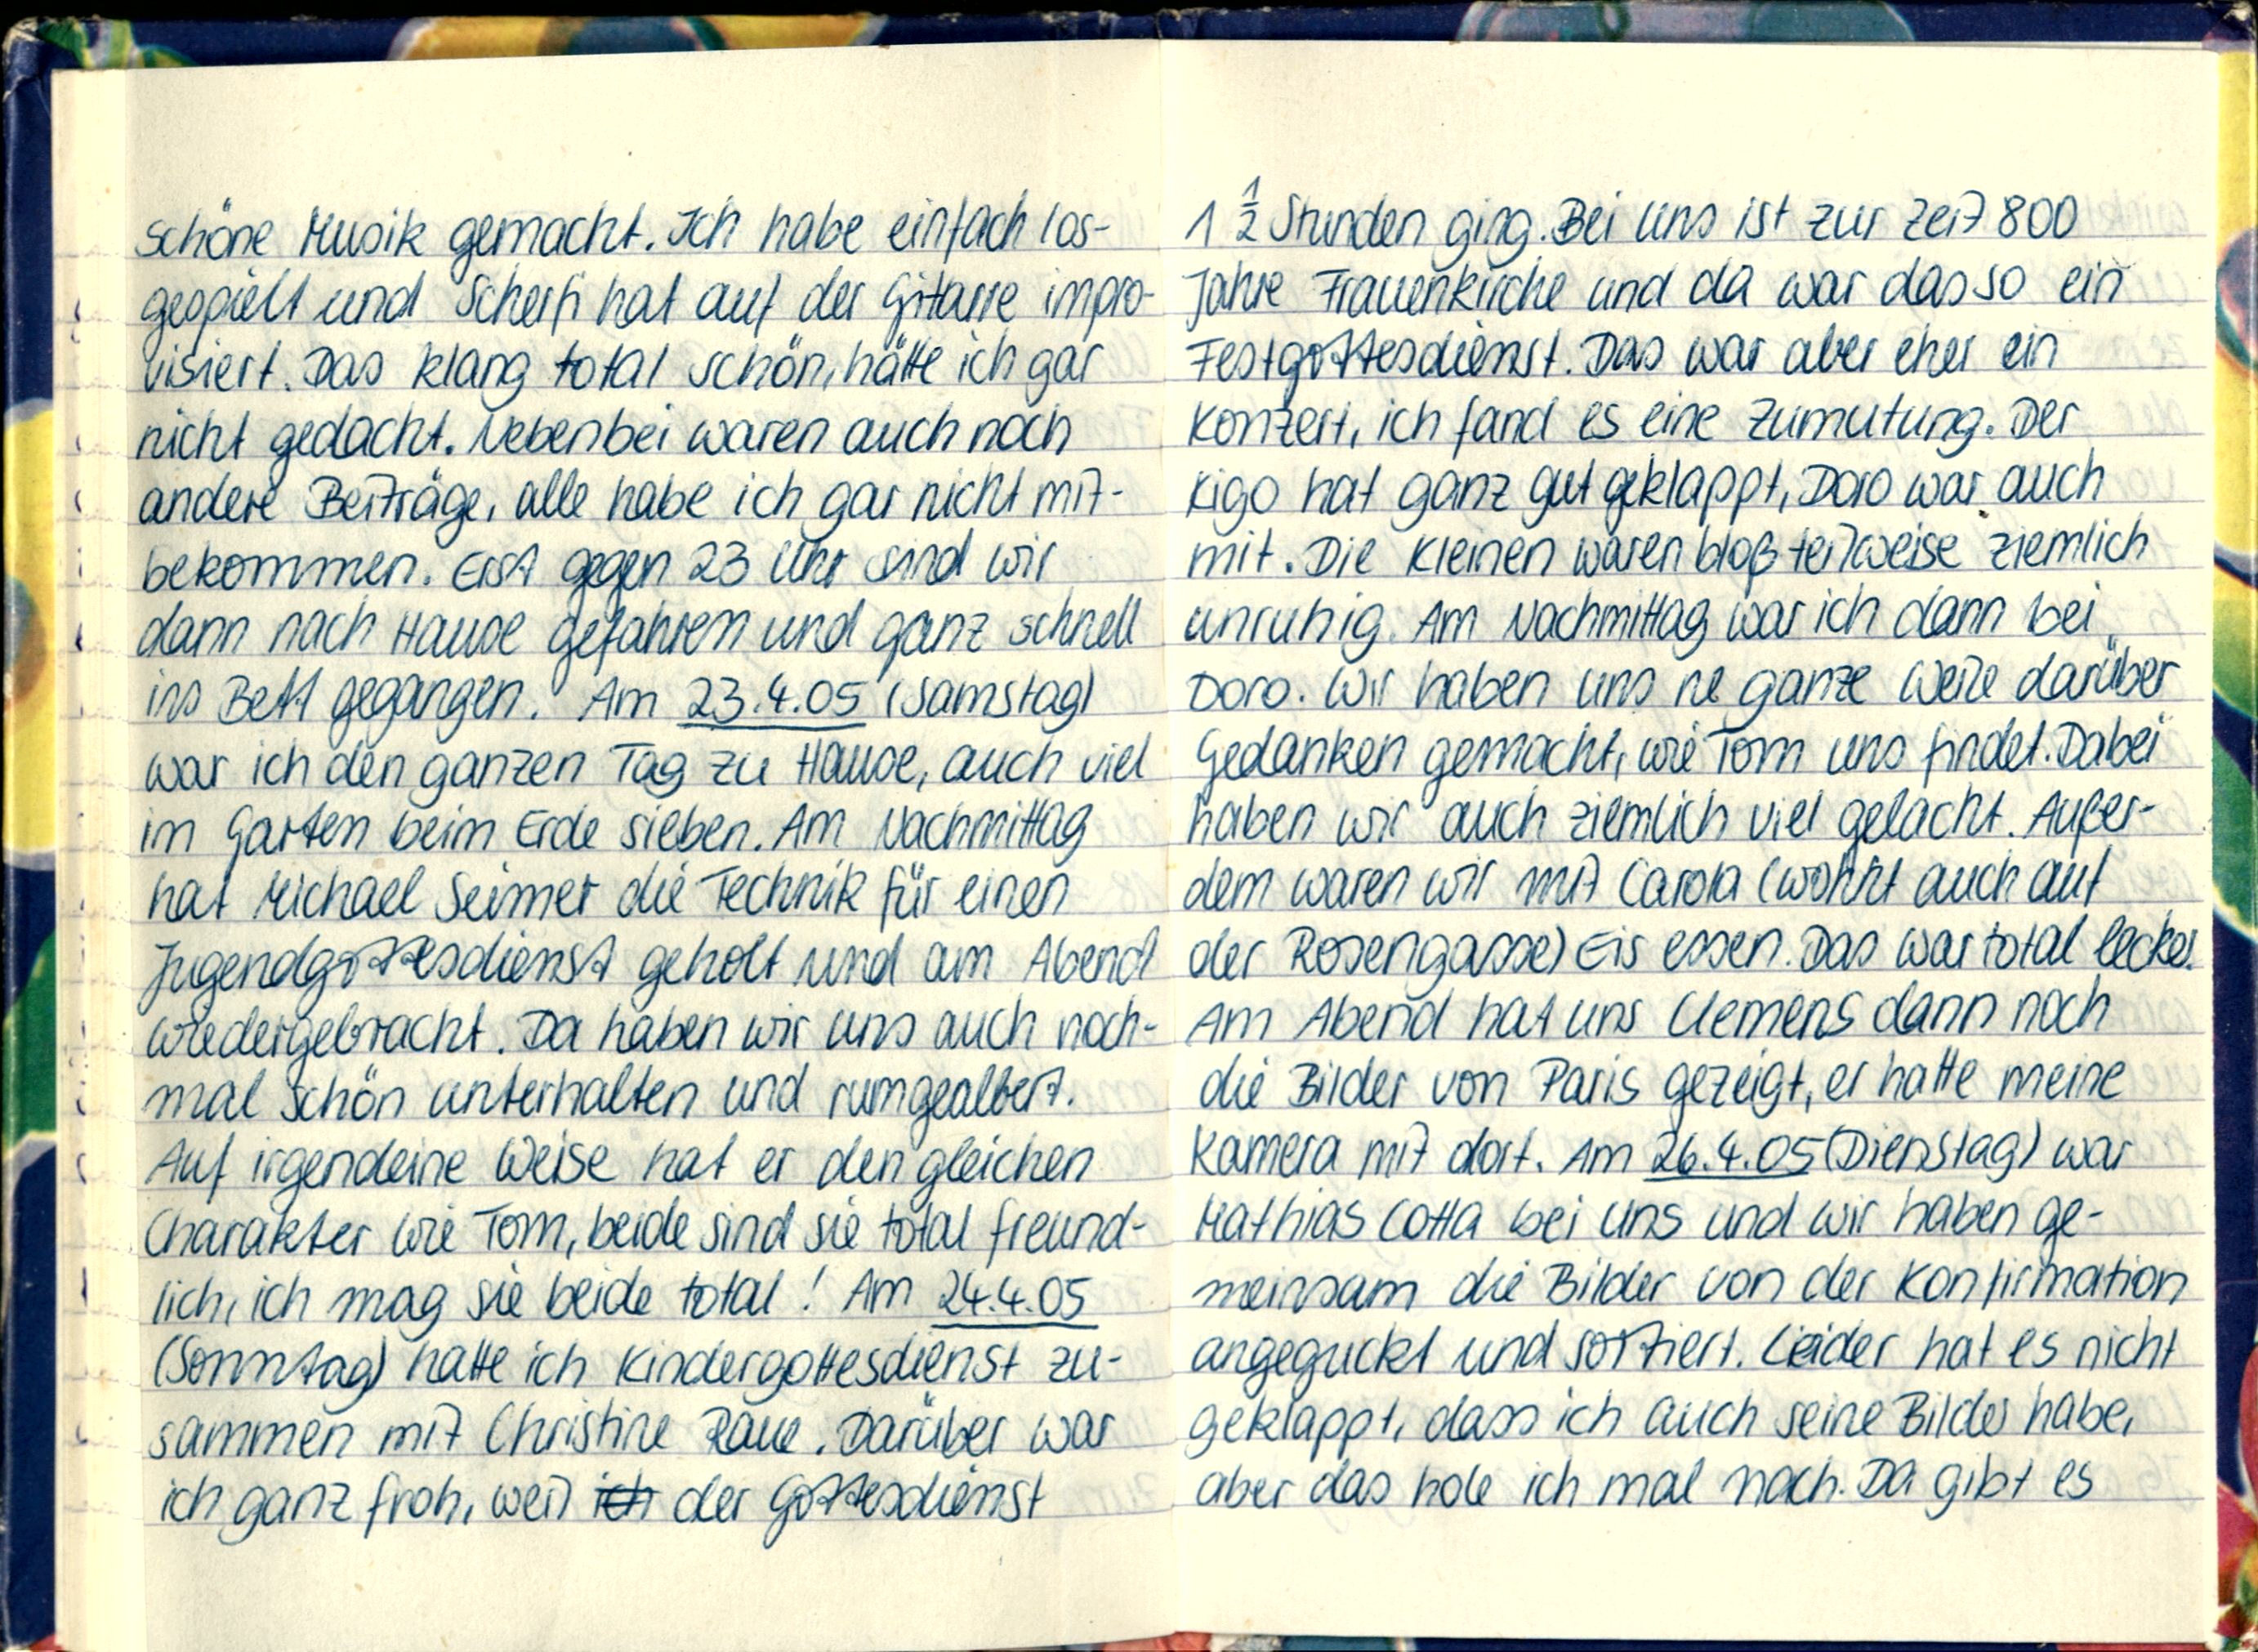
schöne Musik gemacht. Ich habe einfach los-
gespielt und Scherfi hat auf der Gitarre impro-
visiert. Das klang total schön, hätte ich gar
nicht gedacht. Nebenbei waren auch noch
andere Beiträge, alle habe ich gar nicht mit-
bekommen. Erst gegen 23 Uhr sind wir
dann nach Hause gefahren und ganz schnell
ins Bett gegangen. Am 23.4.05 (Samstag)
war ich den ganzen Tag zu Hause, auch viel
im Garten beim Erde sieben. Am Nachmittag
hat Michael Seimer die Technik für einen
Jugendgottesdienst geholt und am Abend
wiedergebracht. Da haben wir uns auch noch-
mal schön unterhalten und rumgealbert.
Auf irgendeine Weise hat er den gleichen
Charakter wie Tom, beide sind sie total freund-
lich, ich mag sie beide total! Am 24.4.05
(Sonntag) hatte ich Kindergottesdienst zu-
sammen mit Christine Raue. Darüber war
ich ganz froh, weil der Gottesdienst

1½ Stunden ging. Bei uns ist zur Zeit 800
Jahre Frauenkirche und da war das so ein
Festgottesdienst. Das war aber eher ein
Konzert, ich fand es eine Zumutung. Der
Kigo hat ganz gut geklappt, Doro war auch
mit. Die Kleinen waren bloß teilweise ziemlich
unruhig. Am Nachmittag war ich dann bei
Doro. Wir haben uns ne ganze Weile darüber
Gedanken gemacht, wie Tom uns findet. Dabei
haben wir auch ziemlich viel gelacht. Außer-
dem waren wir mit Carola (wohnt auch auf
der Rosengasse) Eis essen. Das war total lecker.
Am Abend hat uns Clemens dann noch
die Bilder von Paris gezeigt, er hatte meine
Kamera mit dort. Am 26.4.05 (Dienstag) war
Mathias Cotta bei uns und wir haben ge-
meinsam die Bilder von der Konfirmation
angeguckt und sortiert. Leider hat es nicht
geklappt, dass ich auch seine Bilder habe,
aber das hole ich mal nach. Da gibt es